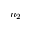
n _ { 2 }